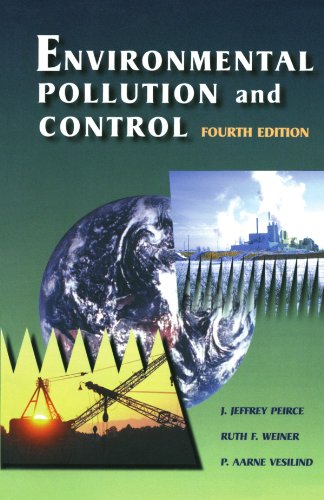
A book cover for Environmental Pollution and Control, Fourth Edition; J. Jeffrey Peirce Ph.D. in Civil and Environmental Engineering from the University of Wisconsin at Madison; Science & Math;